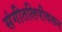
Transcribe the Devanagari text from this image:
संगीतलिपीवरून